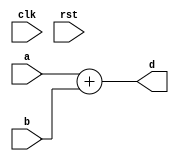
module conf_int_add__noFF__arch_agnos( clk, rst, a, b, d
 );

//--- parameters
//parameter BT_RND = 0
parameter OP_BITWIDTH = 16; //operator bit width
parameter DATA_PATH_BITWIDTH = 16; //flip flop Bit width

//--- input,outputs
input clk;
input rst;
input [DATA_PATH_BITWIDTH -1:0] a;
input [DATA_PATH_BITWIDTH-1:0] b;
output [DATA_PATH_BITWIDTH :0] d;


//--- no flop design
assign  d = (a + b);

endmodule


module conf_int_add__noFF__arch_agnos__w_wrapper( clk, rst, a, b, d
,d__acc, acc__sel);

//--- parameters
//parameter BT_RND = 0
parameter OP_BITWIDTH = 16; //operator bit width
parameter DATA_PATH_BITWIDTH = 16; //flip flop Bit width


//--- input,outputs
input [DATA_PATH_BITWIDTH -1:0] a;
input [DATA_PATH_BITWIDTH-1:0] b;
input [24:0] d__acc;
input acc__sel;
output [24:0] d;
input clk;
input rst;

wire [DATA_PATH_BITWIDTH:0] d__apx;
// synopsys dc_script_begin
 //set_dont_touch d__apx
 //set_dont_touch d__acc
 // synopsys dc_script_end


conf_int_add__noFF__arch_agnos #(OP_BITWIDTH, DATA_PATH_BITWIDTH) add__inst(.clk(clk), .rst(rst), .a(a), .b(b), 
    .d(d__apx));

assign d[24: (24-DATA_PATH_BITWIDTH)] = acc__sel ? d__acc[24: 24-DATA_PATH_BITWIDTH] : d__apx;
assign  d[24-DATA_PATH_BITWIDTH - 1 : 0]= acc__sel ? d__acc[24-DATA_PATH_BITWIDTH - 1 : 0]:{(24-DATA_PATH_BITWIDTH){1'b0}};


endmodule